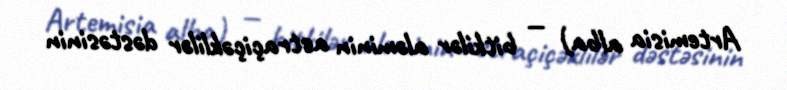
Artemisia alba) — bitkilər aləminin astraçiçəklilər dəstəsinin